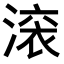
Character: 𬈟